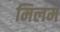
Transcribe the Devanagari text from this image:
मिलम